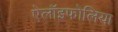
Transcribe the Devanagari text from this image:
ऐलॉइफोलिया